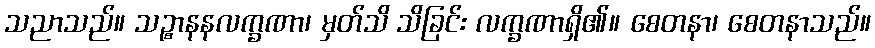
သညာသည်။ သဉ္စာနနလက္ခဏာ၊ မှတ်သိ သိခြင်း လက္ခဏာရှိ၏။ စေတနာ၊ စေတနာသည်။